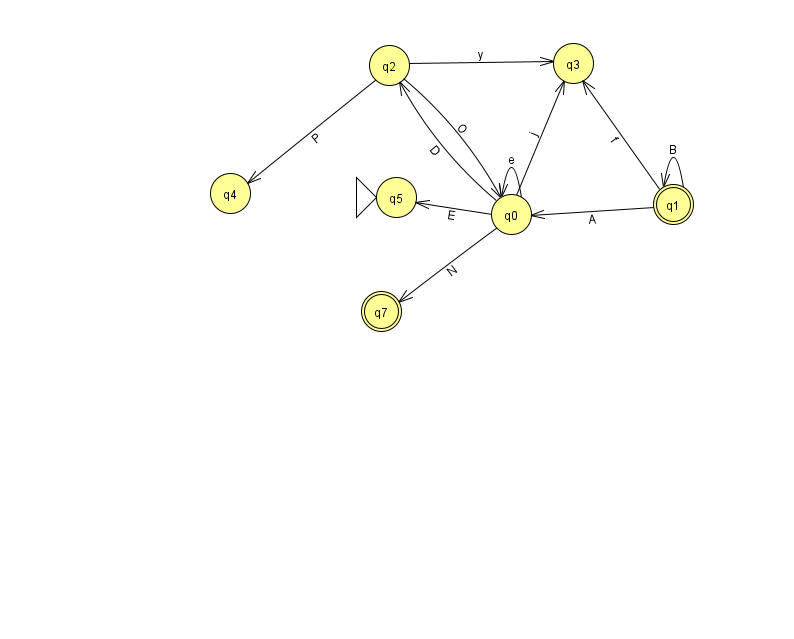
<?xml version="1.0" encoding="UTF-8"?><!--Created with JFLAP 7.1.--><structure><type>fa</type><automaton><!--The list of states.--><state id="0" name="q0"><x>511.0</x><y>201.0</y></state><state id="1" name="q1"><x>673.0</x><y>191.0</y><final/></state><state id="2" name="q2"><x>389.0</x><y>52.0</y></state><state id="3" name="q3"><x>573.0</x><y>50.0</y></state><state id="4" name="q4"><x>230.0</x><y>180.0</y></state><state id="5" name="q5"><x>396.0</x><y>184.0</y><initial/></state><state id="7" name="q7"><x>381.0</x><y>298.0</y><final/></state><!--The list of transitions.--><transition><from>0</from><to>5</to><read>E</read></transition><transition><from>0</from><to>2</to><read>D</read></transition><transition><from>1</from><to>1</to><read>B</read></transition><transition><from>0</from><to>3</to><read>j</read></transition><transition><from>1</from><to>3</to><read>f</read></transition><transition><from>0</from><to>0</to><read>e</read></transition><transition><from>0</from><to>7</to><read>N</read></transition><transition><from>2</from><to>3</to><read>y</read></transition><transition><from>2</from><to>4</to><read>P</read></transition><transition><from>1</from><to>0</to><read>A</read></transition><transition><from>2</from><to>0</to><read>O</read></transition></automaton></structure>